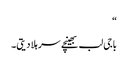
“
باجی لب بھینچے سر ہلا دیتی۔